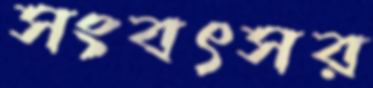
সংবৎসর